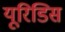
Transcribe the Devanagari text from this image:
यूरिडिस